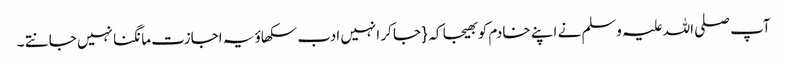
آپ صلی اللہ علیہ وسلم نے اپنے خادم کو بھیجا کہ { جا کر انہیں ادب سکھاؤ یہ اجازت مانگنا نہیں جانتے ۔